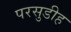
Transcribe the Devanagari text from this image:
परसुडीह